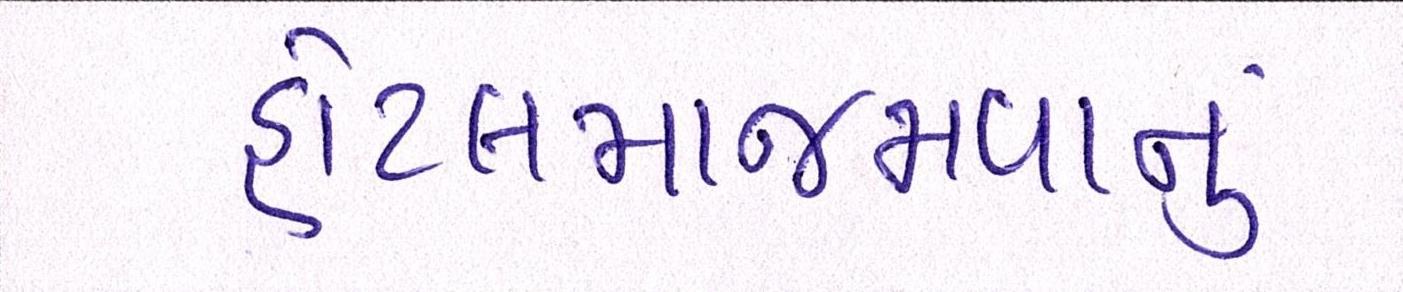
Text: હોટલમાજમવાનું